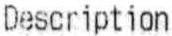
DESCRIPTION